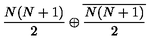
\frac { N ( N + 1 ) } { 2 } \oplus \overline { { \frac { N ( N + 1 ) } { 2 } } }